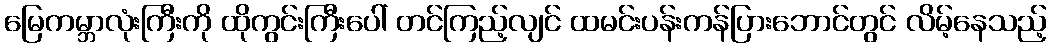
မြေကမ္ဘာလုံးကြီးကို ထိုကွင်းကြီးပေါ် တင်ကြည့်လျင် ထမင်းပန်းကန်ပြားဘောင်တွင် လိမ့်နေသည့်